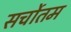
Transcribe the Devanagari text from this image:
सर्चोतम